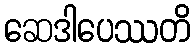
ဆေဒါပေဿတိ